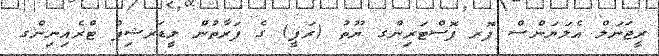
ރީޖަނަލް އެލަޔަންސް ފޮރ ފޮސްޓަރިންގ ޔޫތު (ރަފީ) ގެ ފަރާތުން ލީޑަރޝިޕް ޓްރެއިނިންގ